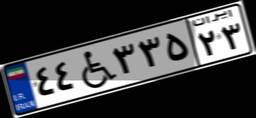
۴۴W۳۳۵۲۳